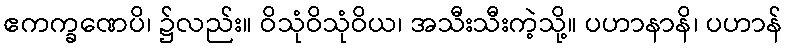
ဧကက္ခဏေပိ၊ ၌လည်း။ ဝိသုံဝိသုံဝိယ၊ အသီးသီးကဲ့သို့။ ပဟာနာနိ၊ ပဟာန်